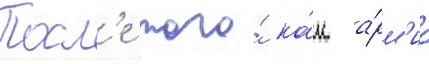
Посл'е того́ ка́к а́рм'иа